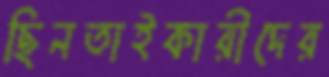
ছিনতাইকারীদের